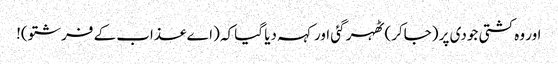
اور وہ کشتی جودی پر (جاکر) ٹھہر گئی اور کہہ دیا گیا کہ (اے عذاب کے فرشتو)!